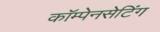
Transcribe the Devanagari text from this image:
कॉम्पेनसेटिंग